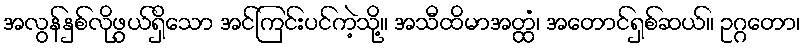
အလွန်နှစ်လိုဖွယ်ရှိသော အင်ကြင်းပင်ကဲ့သို့။ အသီထိမာအတ္ထံ၊ အတောင်ရှစ်ဆယ်။ ဥဂ္ဂတော၊